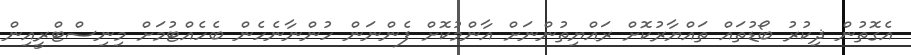
އެގޮތުން ޛިކުރު ބޯޑުތައް ތައްޔާރުކޮށް ރައްޔިތުންނަށް އާންމުކޮށް ފެންނަން ހުންނާނެހެން ބެހެއްޓުމަށް މިނިސްޓްރީއިން